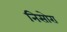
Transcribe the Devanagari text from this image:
निसोरा